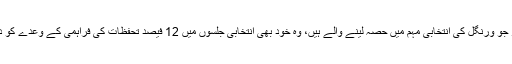
چیف منسٹر جو ورنگل کی انتخابی مہم میں حصہ لینے والے ہیں، وہ خود بھی انتخابی جلسوں میں 12 فیصد تحفظات کی فراہمی کے وعدے کو دہرائیں گے۔